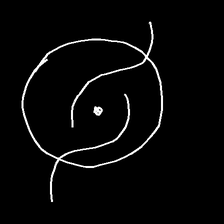
Glyph: repetition